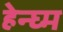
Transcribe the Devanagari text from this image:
हेन्घ्म